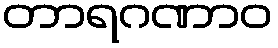
တာရဂဏာဝ